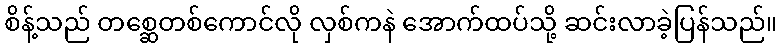
စိန့်သည် တစ္ဆေတစ်ကောင်လို လှစ်ကနဲ အောက်ထပ်သို့ ဆင်းလာခဲ့ပြန်သည်။